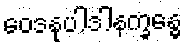
ဝေဒနုပါဒါနက္ခန္ဓေ